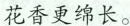
花香更绵长。